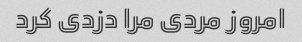
امروز مردی مرا دزدی کرد